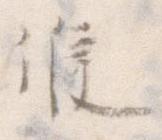
候